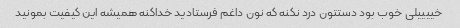
خییییلی خوب بود دستتون درد نکنه که نون داغم فرستادید خداکنه همیشه این کیفیت بمونید